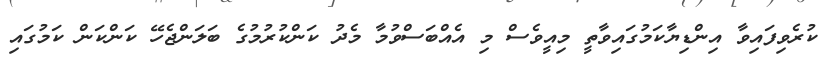
ކުރެވިފައިވާ އިންޑިޔާކަމުގައިވާތީ މިއީވެސް މި އެއްބަސްވުމާ މެދު ކަންކުރުމުގެ ބަލަންޖެހޭ ކަންކަން ކަމުގައި